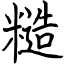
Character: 糙